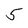
Character: 5